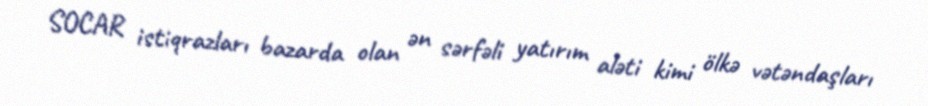
SOCAR istiqrazları bazarda olan ən sərfəli yatırım aləti kimi ölkə vətəndaşları